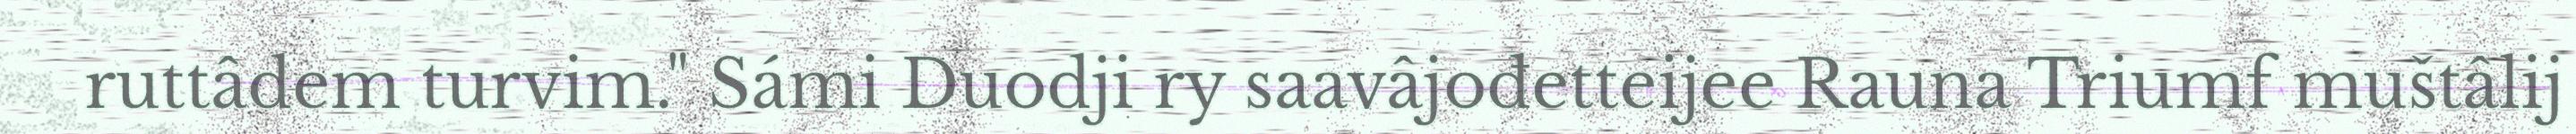
ruttâdem turvim." Sámi Duodji ry saavâjođetteijee Rauna Triumf muštâlij